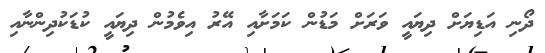
ދޯނި އަޑިޔަށް ދިޔައީ ވަރަށް މަޑުން ކަމަށާއި އޭރު އިވެމުން ދިޔައީ ކުޑަކުދިންނާއި